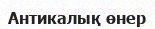
Антикалық өнер